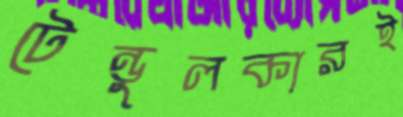
টেন্ডুলকারই